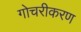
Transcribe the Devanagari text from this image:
गोचरीकरण